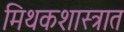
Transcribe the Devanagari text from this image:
मिथकशास्त्रात